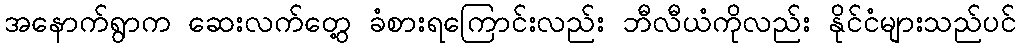
အနောက်ရွာက ဆေးလက်တွေ့ ခံစားရကြောင်းလည်း ဘီလီယံကိုလည်း နိုင်ငံများသည်ပင်